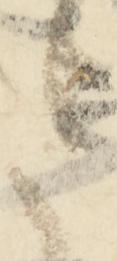
左